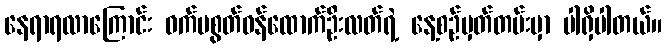
နေရာရလာကြောင်း ဝက်မစွတ်ဝန်ထောက်ဦးလတ်ရဲ့ နေ့စဉ်မှတ်တမ်းမှာ ပါရှိပါတယ်။